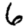
Digit: 6